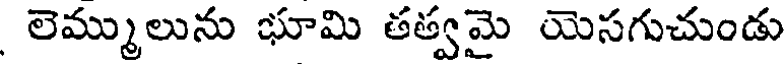
లెమ్ములును భూమి తత్వమై యెసగుచుండు